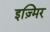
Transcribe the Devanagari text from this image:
इज़्मिर